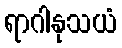
ရာဂါနုသယံ